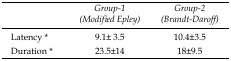
|  | Group-1 (Modified Epley) | Group-2 (Brandt-Daroff) |
 | --- | --- | --- |
 | Latency* | 9.1± 3.5 | 10.4±3.5 |
 | Duration* | 23.5±14 | 18±9.5 |